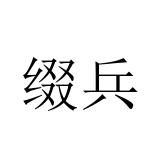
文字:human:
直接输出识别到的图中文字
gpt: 缀兵